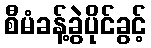
စီမံခန့်ခွဲပိုင်ခွင့်